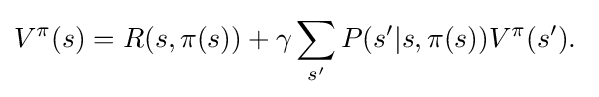
V^{\pi }(s)=R(s,\pi (s))+\gamma \sum _{s'}P(s'|s,\pi (s))V^{\pi }(s').\